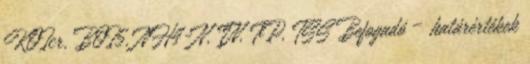
KOIcr, BOI5, NH4-N, TN, TP, TSS Befogadó – határértékek